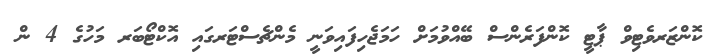
ކޮންޒަރވެޓިވް ޕާޓީ ކޮންފަރެންސް ބޭއްވުމަށް ހަމަޖެހިފައިވަނީ މެންޗެސްޓަރގައި އޮކްޓޯބަރ މަހުގެ 4 ން